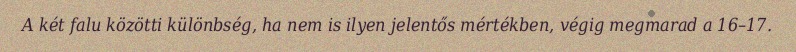
A két falu közötti különbség, ha nem is ilyen jelentős mértékben, végig megmarad a 16–17.